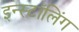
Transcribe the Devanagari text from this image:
इन्स्टॉलिंग